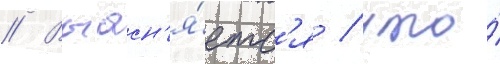
// Выасн'я́етс'я / что́